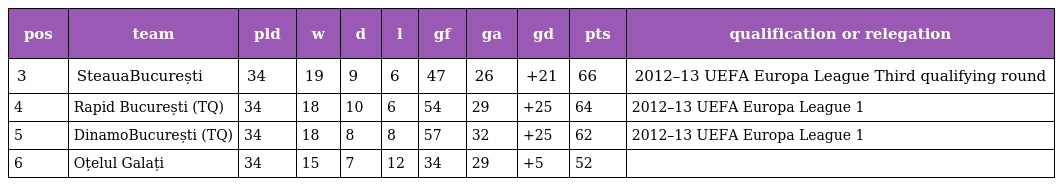
| pos | team | pld | w | d | l | gf | ga | gd | pts | qualification or relegation |
 | --- | --- | --- | --- | --- | --- | --- | --- | --- | --- | --- |
 | 3 | SteauaBucurești | 34 | 19 | 9 | 6 | 47 | 26 | +21 | 66 | 2012–13 UEFA Europa League Third qualifying round |
 | 4 | Rapid București (TQ) | 34 | 18 | 10 | 6 | 54 | 29 | +25 | 64 | 2012–13 UEFA Europa League 1 |
 | 5 | DinamoBucurești (TQ) | 34 | 18 | 8 | 8 | 57 | 32 | +25 | 62 | 2012–13 UEFA Europa League 1 |
 | 6 | Oțelul Galați | 34 | 15 | 7 | 12 | 34 | 29 | +5 | 52 |  |